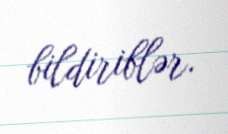
bildiriblər.